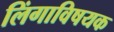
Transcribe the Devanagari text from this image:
लिंगाविषयक